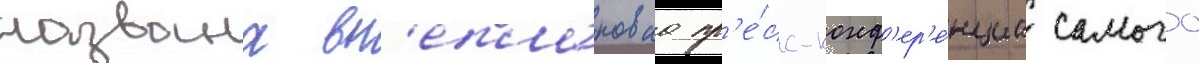
названа вн'еплановаа пр'е́сс-конф'ер'е́нциа самого